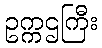
ဥက္ကဌကြီး